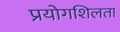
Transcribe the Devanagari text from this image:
प्रयोगशिलता